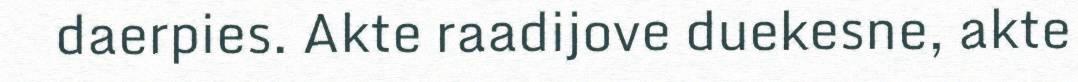
daerpies. Akte raadijove duekesne, akte